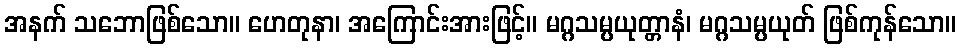
အနက် သဘောဖြစ်သော။ ဟေတုနာ၊ အကြောင်းအားဖြင့်။ မဂ္ဂသမ္ပယုတ္တာနံ၊ မဂ္ဂသမ္ပယုတ် ဖြစ်ကုန်သော။